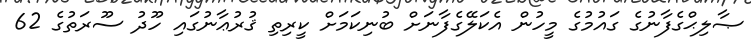
ޞާލިޙްގެފާނުގެ ގައުމުގެ މީހުން އެކަލޭގެފާނަށް ބުނިކަމަށް ކީރިތި ޤުރުޢާނުގައި ހޫދު ސޫރަތުގެ 62